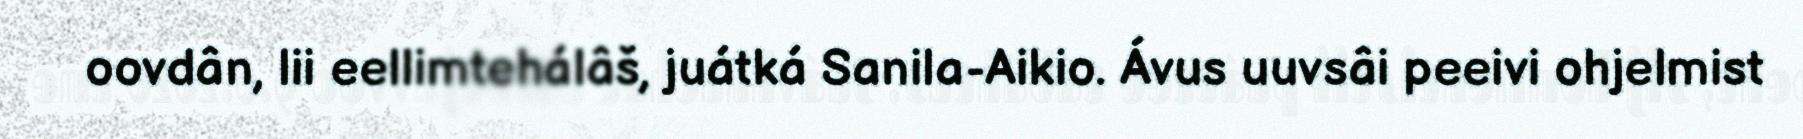
oovdân, lii eellimtehálâš, juátká Sanila-Aikio. Ávus uuvsâi peeivi ohjelmist